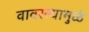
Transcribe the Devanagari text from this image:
वावरल्यामुळे